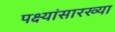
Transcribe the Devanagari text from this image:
पक्ष्यांसारख्या